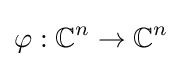
\varphi :\mathbb {C} ^{n}\to \mathbb {C} ^{n}